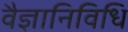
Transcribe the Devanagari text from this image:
वैज्ञानिविधि